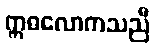
ဣဓလောကသညီ